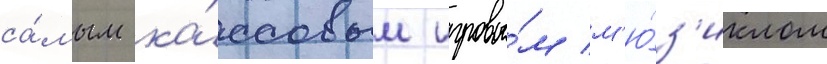
са́мым ка́ссовым игровы́м м'ю́з'иклом